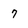
Character: 7